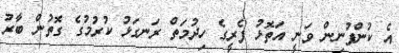
އެ ކުންފުނިން ވަނީ އަތޮޅު ފެރީގެ ހިދުމަތް ރަނގަޅު ކުރުމުގެ ގޮތުން ބާރު